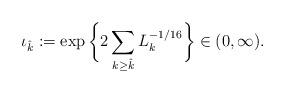
LaTeX: \begin{align*}\iota_{\hat{k}} := \exp \bigg\{ 2 \sum_{k \ge \hat{k}} L_k^{-1/16} \bigg\} \in (0,\infty).\end{align*}